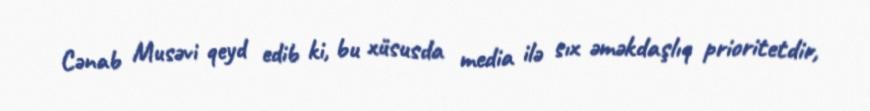
Cənab Musəvi qeyd edib ki, bu xüsusda media ilə sıx əməkdaşlıq prioritetdir,